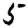
Digit: 5